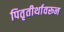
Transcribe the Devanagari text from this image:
पितृतीर्थावरून